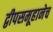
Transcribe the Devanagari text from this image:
द्वीपसमूहानेच